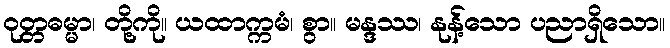
ဝုတ္တဓမ္မာ၊ တို့ကို။ ယထာက္ကမံ၊ စွာ။ မန္ဒဿ၊ နုန့်သော ပညာရှိသော။